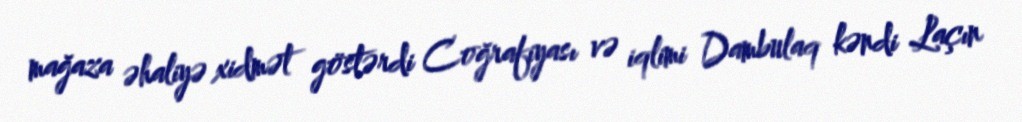
mağaza əhaliyə xidmət göstərdi Coğrafiyası və iqlimi Dambulaq kəndi Laçın